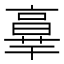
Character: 𦎧